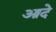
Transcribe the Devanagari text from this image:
आदे